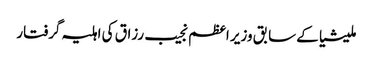
ملیشیا کے سابق وزیر اعظم نجیب رزاق کی اہلیہ گرفتار